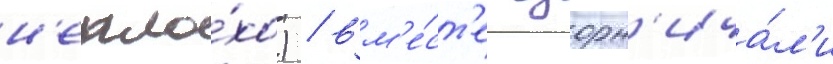
н'епло́хо) / вм'е́ст'е озорн'ича́л'и